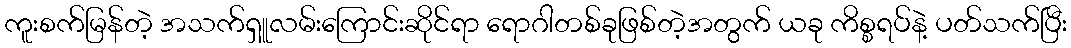
ကူးစက်မြန်တဲ့ အသက်ရှူလမ်းကြောင်းဆိုင်ရာ ရောဂါတစ်ခုဖြစ်တဲ့အတွက် ယခု ကိစ္စရပ်နဲ့ ပတ်သက်ပြီး